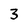
Character: 3